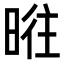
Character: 暀